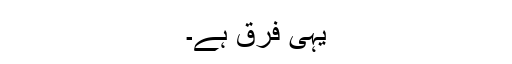
یہی فرق ہے۔